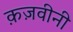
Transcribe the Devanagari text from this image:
क़ज़वीनी